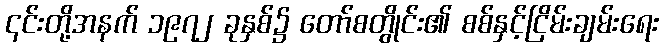
၎င်းတို့အနက် ၁၉၇၂ ခုနှစ်၌ တော်စတွိုင်း၏ စစ်နှင့်ငြိမ်းချမ်းရေး